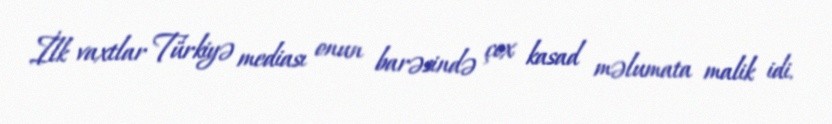
İlk vaxtlar Türkiyə mediası onun barəsində çox kasad məlumata malik idi.